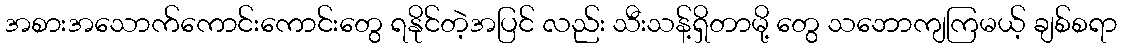
အစားအသောက်ကောင်းကောင်းတွေ ရနိုင်တဲ့အပြင် လည်း သီးသန့်ရှိတာမို့ တွေ သဘောကျကြမယ့် ချစ်စရာ